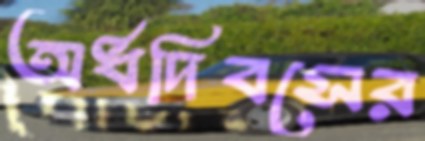
অর্ধদিবসের